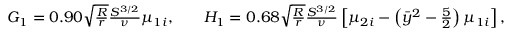
\begin{array} { r l r } { G _ { 1 } = 0 . 9 0 \sqrt { \frac { R } { r } } \frac { S ^ { 3 / 2 } } { \nu } \mu _ { 1 i } , } & { { } } & { H _ { 1 } = 0 . 6 8 \sqrt { \frac { R } { r } } \frac { S ^ { 3 / 2 } } { \nu } \left[ \mu _ { 2 i } - \left( \bar { y } ^ { 2 } - \frac { 5 } { 2 } \right) \mu _ { 1 i } \right] , } \end{array}